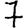
Digit: 7